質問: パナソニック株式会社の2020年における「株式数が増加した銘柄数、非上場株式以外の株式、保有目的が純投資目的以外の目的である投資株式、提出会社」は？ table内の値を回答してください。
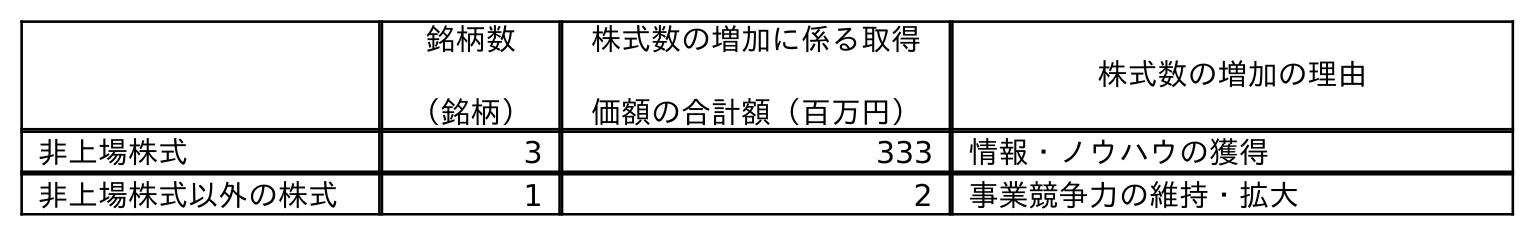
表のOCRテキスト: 銘柄数 （銘柄） 株式数の増加に係る取得 価額の合計額（百万円） 株式数の増加の理由 非上場株式 3 333 情報・ノウハウの獲得 非上場株式以外の株式 1 2 事業競争力の維持・拡大
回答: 1